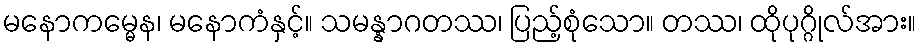
မနောကမ္မေန၊ မနောကံနှင့်။ သမန္နာဂတဿ၊ ပြည့်စုံသော။ တဿ၊ ထိုပုဂ္ဂိုလ်အား။